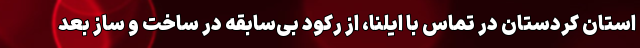
استان کردستان در تماس با ایلنا، از رکود بی‌سابقه در ساخت و ساز بعد